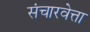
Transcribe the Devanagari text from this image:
संचारवेत्ता